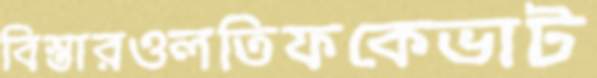
বিস্তারওলতিফকেভাট